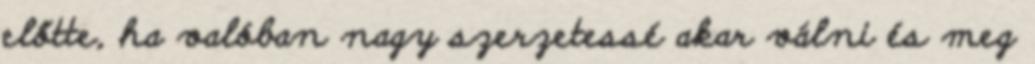
előtte, ha valóban nagy szerzetessé akar válni és meg